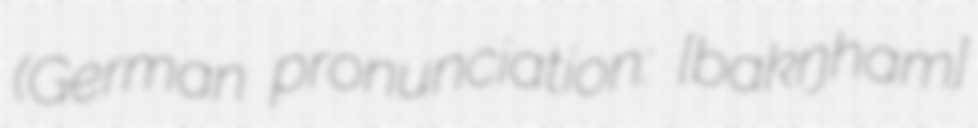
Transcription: (German pronunciation: [ˈbʁakŋ̍ˌhaɪ̯m]